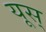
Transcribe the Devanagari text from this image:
यूस्